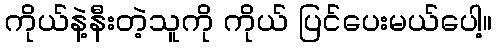
ကိုယ်နဲ့နီးတဲ့သူကို ကိုယ် ပြင်ပေးမယ်ပေါ့။